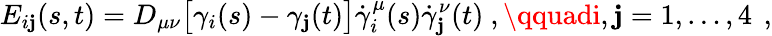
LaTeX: E_{i\mathbf{j}}(s,t)=D_{\mu\nu}\bigl[\gamma_{i}(s)-\gamma_{\mathbf{j}}(t)\bigr]\dot{{\gamma}}_{i}^{\mu}(s)\dot{{\gamma}}_{\mathbf{j}}^{\nu}(t)\ ,\qquadi,\mathbf{j}=1,\dots,4\ \, ,